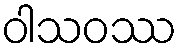
ဝါသဝဿ